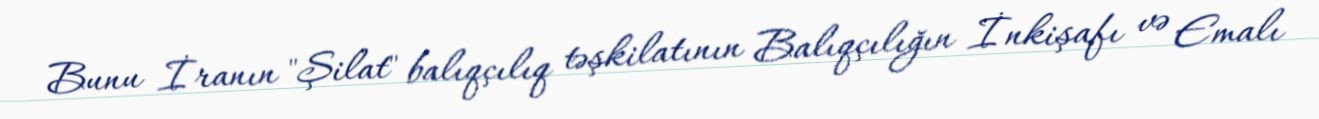
Bunu İranın "Şilat" balıqçılıq təşkilatının Balıqçılığın İnkişafı və Emalı